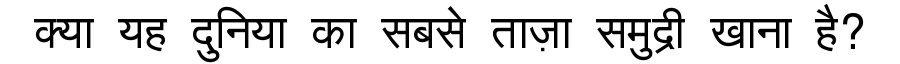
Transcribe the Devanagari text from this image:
क्या यह दुनिया का सबसे ताज़ा समुद्री खाना है?